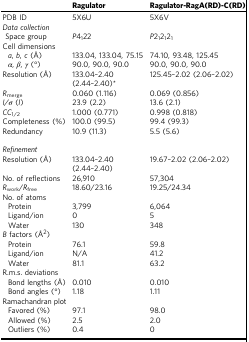
<table><thead><tr><td></td><td><b>Ragulator</b></td><td><b>Ragulator-RagA(RD)-C(RD)</b></td></tr></thead><tbody><tr><td>PDB ID</td><td>5X6U</td><td>5X6V</td></tr><tr><td><i>Data collection</i></td><td></td><td></td></tr><tr><td> Space group</td><td><i>P</i>4<sub>1</sub>22</td><td><i>P</i>2<sub>1</sub>2<sub>1</sub>2<sub>1</sub></td></tr><tr><td>Cell dimensions</td><td></td><td></td></tr><tr><td><i>a</i>, <i>b</i>, <i>c</i> (Å)</td><td>133.04, 133.04, 75.15</td><td>74.10, 93.48, 125.45</td></tr><tr><td><i>α</i>, <i>β</i>, <i>γ</i> (°)</td><td>90.0, 90.0, 90.0</td><td>90.0, 90.0, 90.0</td></tr><tr><td>Resolution (Å)</td><td>133.04–2.40 (2.44–2.40)*</td><td>125.45–2.02 (2.06–2.02)</td></tr><tr><td><i>R</i><sub>merge</sub></td><td>0.060 (1.116)</td><td>0.069 (0.856)</td></tr><tr><td><i>I/σ</i> (<i>I</i>)</td><td>23.9 (2.2)</td><td>13.6 (2.1)</td></tr><tr><td><i>CC</i><sub>1/2</sub></td><td>1.000 (0.771)</td><td>0.998 (0.818)</td></tr><tr><td>Completeness (%)</td><td>100.0 (99.5)</td><td>99.4 (99.3)</td></tr><tr><td>Redundancy</td><td>10.9 (11.3)</td><td>5.5 (5.6)</td></tr><tr><td><i>Refinement</i></td><td></td><td></td></tr><tr><td>Resolution (Å)</td><td>133.04–2.40 (2.44–2.40)</td><td>19.67–2.02 (2.06–2.02)</td></tr><tr><td>No. of reflections</td><td>26,910</td><td>57,304</td></tr><tr><td><i>R</i><sub>work</sub>/<i>R</i><sub>free</sub></td><td>18.60/23.16</td><td>19.25/24.34</td></tr><tr><td>No. of atoms</td><td></td><td></td></tr><tr><td>Protein</td><td>3,799</td><td>6,064</td></tr><tr><td>Ligand/ion</td><td>0</td><td>5</td></tr><tr><td>Water</td><td>130</td><td>348</td></tr><tr><td><i>B</i> factors (Å<sup>2</sup>)</td><td></td><td></td></tr><tr><td>Protein</td><td>76.1</td><td>59.8</td></tr><tr><td>Ligand/ion</td><td>N/A</td><td>41.2</td></tr><tr><td>Water</td><td>81.1</td><td>63.2</td></tr><tr><td>R.m.s. deviations</td><td></td><td></td></tr><tr><td>Bond lengths (Å)</td><td>0.010</td><td>0.010</td></tr><tr><td>Bond angles (°)</td><td>1.18</td><td>1.11</td></tr><tr><td>Ramachandran plot</td><td></td><td></td></tr><tr><td>Favored (%)</td><td>97.1</td><td>98.0</td></tr><tr><td>Allowed (%)</td><td>2.5</td><td>2.0</td></tr><tr><td>Outliers (%)</td><td>0.4</td><td>0</td></tr></tbody></table>